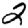
Digit: 2